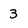
Character: 3